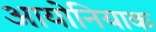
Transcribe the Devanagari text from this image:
आयोनियाक